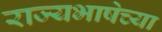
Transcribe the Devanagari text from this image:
राज्यभाषेच्या